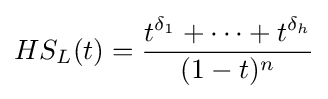
HS_{L}(t)={\frac {t^{\delta _{1}}+\cdots +t^{\delta _{h}}}{(1-t)^{n}}}